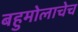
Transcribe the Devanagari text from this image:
बहुमोलाचेच